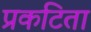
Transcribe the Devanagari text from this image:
प्रकटिता